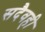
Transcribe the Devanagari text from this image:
सदैवही